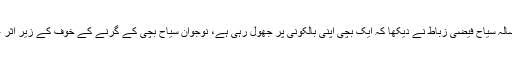
بین الاقوامی خبر رساں ادارے کے مطابق ترکی کے شہر استنبول میں الجزائر سے تعلق رکھنے والے 17 سالہ سیاح فیضی زباط نے دیکھا کہ ایک بچی اپنی بالکونی پر جھول رہی ہے، نوجوان سیاح بچی کے گرنے کے خوف کے زیر اثر عمارت کے نیچے موجود رہا اور جیسے ہی بچی بالکونی سے گری نوجوان نے اسے اپنی گود میں جکڑ لیا۔